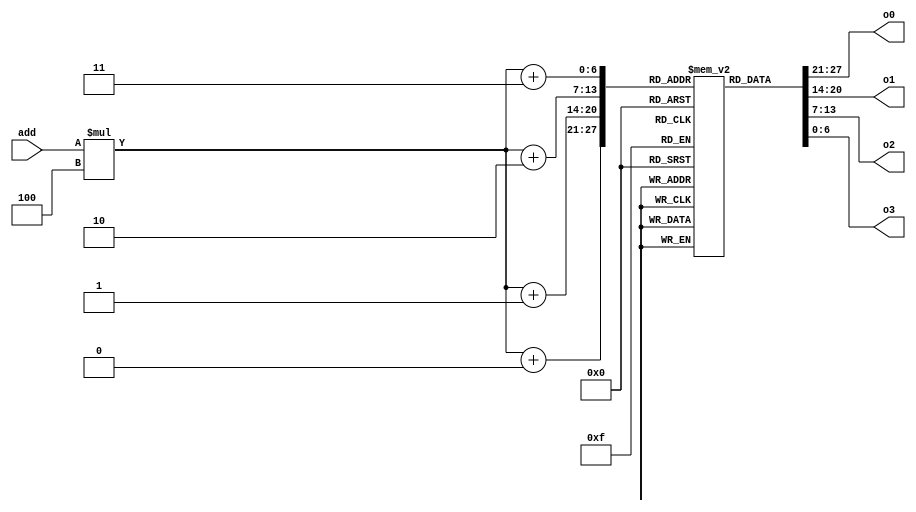
module node(add, o0, o1, o2, o3);
	input [4:0]add;
	output reg [0:6]o0, o1, o2, o3;
	
	reg [0:6]m[0:25][0:3];
	
	initial begin
	m[0][0] = {2'd3, 5'd1};
	m[0][1] = {2'd3, 5'd30};
	m[0][2] = {2'd3, 5'd30};
	m[0][3] = {2'd3, 5'd30};

	m[1][0] = {2'd3, 5'd0};
	m[1][1] = {2'd3, 5'd2};
	m[1][2] = {2'd3, 5'd13};
	m[1][3] = {2'd3, 5'd30};

	m[2][0] = {2'd3, 5'd1};
	m[2][1] = {2'd1, 5'd3};
	m[2][2] = {2'd3, 5'd5};
	m[2][3] = {2'd3, 5'd30};

	m[3][0] = {2'd1, 5'd2};
	m[3][1] = {2'd3, 5'd30};
	m[3][2] = {2'd3, 5'd30};
	m[3][3] = {2'd3, 5'd30};

	m[4][0] = {2'd3, 5'd6};
	m[4][1] = {2'd3, 5'd30};
	m[4][2] = {2'd3, 5'd30};
	m[4][3] = {2'd3, 5'd30};

	m[5][0] = {2'd3, 5'd2};
	m[5][1] = {2'd2, 5'd9};
	m[5][2] = {2'd1, 5'd6};
	m[5][3] = {2'd3, 5'd30};

	m[6][0] = {2'd3, 5'd4};
	m[6][1] = {2'd3, 5'd16};
	m[6][2] = {2'd1, 5'd5};
	m[6][3] = {2'd3, 5'd30};

	m[7][0] = {2'd2, 5'd12};
	m[7][1] = {2'd3, 5'd30};
	m[7][2] = {2'd3, 5'd30};
	m[7][3] = {2'd3, 5'd30};

	m[8][0] = {2'd1, 5'd9};
	m[8][1] = {2'd3, 5'd30};
	m[8][2] = {2'd3, 5'd30};
	m[8][3] = {2'd3, 5'd30};

	m[9][0] = {2'd1, 5'd8};
	m[9][1] = {2'd1, 5'd15};
	m[9][2] = {2'd2, 5'd5};
	m[9][3] = {2'd3, 5'd30};

	m[10][0] = {2'd2, 5'd16};
	m[10][1] = {2'd3, 5'd30};
	m[10][2] = {2'd3, 5'd30};
	m[10][3] = {2'd3, 5'd30};

	m[11][0] = {2'd3, 5'd12};
	m[11][1] = {2'd3, 5'd30};
	m[11][2] = {2'd3, 5'd30};
	m[11][3] = {2'd3, 5'd30};

	m[12][0] = {2'd3, 5'd11};
	m[12][1] = {2'd2, 5'd7};
	m[12][2] = {2'd1, 5'd13};
	m[12][3] = {2'd3, 5'd17};

	m[13][0] = {2'd1, 5'd12};
	m[13][1] = {2'd2, 5'd18};
	m[13][2] = {2'd3, 5'd1};
	m[13][3] = {2'd3, 5'd30};

	m[14][0] = {2'd1, 5'd15};
	m[14][1] = {2'd3, 5'd30};
	m[14][2] = {2'd3, 5'd30};
	m[14][3] = {2'd3, 5'd30};

	m[15][0] = {2'd1, 5'd14};
	m[15][1] = {2'd1, 5'd9};
	m[15][2] = {2'd1, 5'd22};
	m[15][3] = {2'd3, 5'd30};

	m[16][0] = {2'd2, 5'd10};
	m[16][1] = {2'd2, 5'd23};
	m[16][2] = {2'd3, 5'd6};
	m[16][3] = {2'd3, 5'd30};

	m[17][0] = {2'd3, 5'd12};
	m[17][1] = {2'd3, 5'd30};
	m[17][2] = {2'd3, 5'd30};
	m[17][3] = {2'd3, 5'd30};

	m[18][0] = {2'd1, 5'd19};
	m[18][1] = {2'd1, 5'd20};
	m[18][2] = {2'd2, 5'd13};
	m[18][3] = {2'd3, 5'd30};

	m[19][0] = {2'd1, 5'd18};
	m[19][1] = {2'd3, 5'd30};
	m[19][2] = {2'd3, 5'd30};
	m[19][3] = {2'd3, 5'd30};

	m[20][0] = {2'd1, 5'd18};
	m[20][1] = {2'd1, 5'd21};
	m[20][2] = {2'd2, 5'd22};
	m[20][3] = {2'd3, 5'd30};

	m[21][0] = {2'd1, 5'd20};
	m[21][1] = {2'd3, 5'd30};
	m[21][2] = {2'd3, 5'd30};
	m[21][3] = {2'd3, 5'd30};

	m[22][0] = {2'd1, 5'd23};
	m[22][1] = {2'd1, 5'd15};
	m[22][2] = {2'd2, 5'd20};
	m[22][3] = {2'd3, 5'd25};

	m[23][0] = {2'd1, 5'd22};
	m[23][1] = {2'd2, 5'd24};
	m[23][2] = {2'd2, 5'd16};
	m[23][3] = {2'd3, 5'd30};

	m[24][0] = {2'd2, 5'd23};
	m[24][1] = {2'd3, 5'd30};
	m[24][2] = {2'd3, 5'd30};
	m[24][3] = {2'd3, 5'd30};

	m[25][0] = {2'd3, 5'd22};
	m[25][1] = {2'd3, 5'd30};
	m[25][2] = {2'd3, 5'd30};
	m[25][3] = {2'd3, 5'd30};
	
	end
	always @(add)begin
		o0 = m[add][0];
		o1 = m[add][1];
		o2 = m[add][2];
		o3 = m[add][3];
	end
endmodule